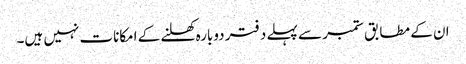
ان کے مطابق ستمبر سے پہلے دفتر دوبارہ کھلنے کے امکانات نہیں ہیں۔